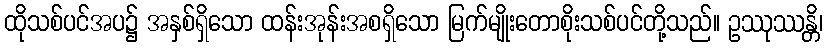
ထိုသစ်ပင်အပ၌ အနှစ်ရှိသော ထန်းအုန်းအစရှိသော မြက်မျိုးတောစိုးသစ်ပင်တို့သည်။ ဥဿုဿန္တိ၊